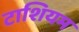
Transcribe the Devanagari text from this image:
टाशियम